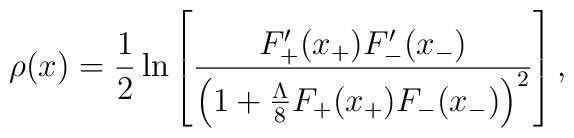
\rho(x)=\frac{1}{2}\ln     \left[\frac{F'_{+}(x_{+})F'_{-}(x_{-})}     {\left(1+\frac{\Lambda}{8}F_{+}(x_{+})F_{-}(x_{-})     \right)^2}     \right],